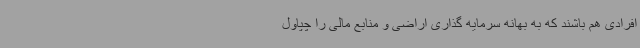
افرادی هم باشند که به بهانه سرمایه گذاری اراضی و منابع مالی را چپاول